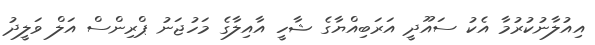
އިއުލާނުކުރުމާ އެކު ސައޫދީ އަރަބިއްޔާގެ ޝާހީ އާއިލާގެ މަހުޖަނު ޕްރިންސް އަލް ވަލީދު